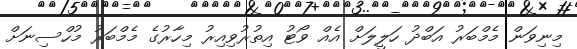
މިނިވަން މެމްބަރު އަބްދު ހަލީލަށް އެއް ވޯޓު އިތުރުވިއިރު މިހާރުގެ މެމްބަރު މުހްސިނަށް